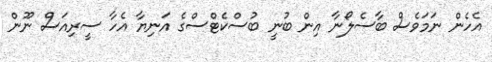
އެހެން ނަމަވެސް ބާސެލޯނާ އިން ބުނީ ބުސްކެޓްސްގެ އަނިޔާ އެހާ ސީރިއަސް ނޫން